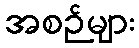
အစဉ်များ